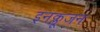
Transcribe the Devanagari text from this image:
इनक्लूजन